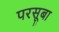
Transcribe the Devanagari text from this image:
परसूबा